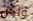
ولكن